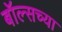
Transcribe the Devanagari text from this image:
बॉल्सच्या